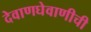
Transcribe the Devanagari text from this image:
देवाणघेवाणीची